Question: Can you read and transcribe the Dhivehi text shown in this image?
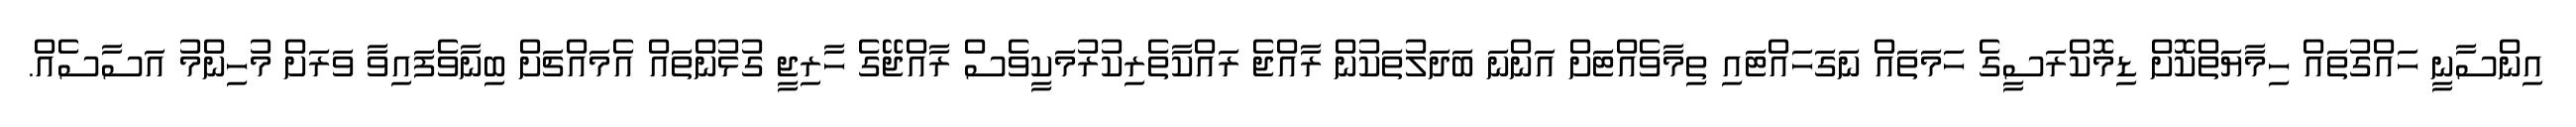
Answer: އިންސާނީ ހައްގުތައް ހިމާޔަތްކޮށް ޑިމޮކްރަސީގެ ހަމަތައް ނަގަހައްޓައި ތިމާވެއްޓަށް އަންނަ ބަދަލުތަކުން ރާއްޖެ ރައްކާތެރިކުރުމަކީވެސް ރާއްޖޭގެ ހާރިޖީ ގުޅުންތައް އެމައްޗަށް ބިނާވެފައިވާ ވަރަށް މުހިންމު އަސާސެއް.